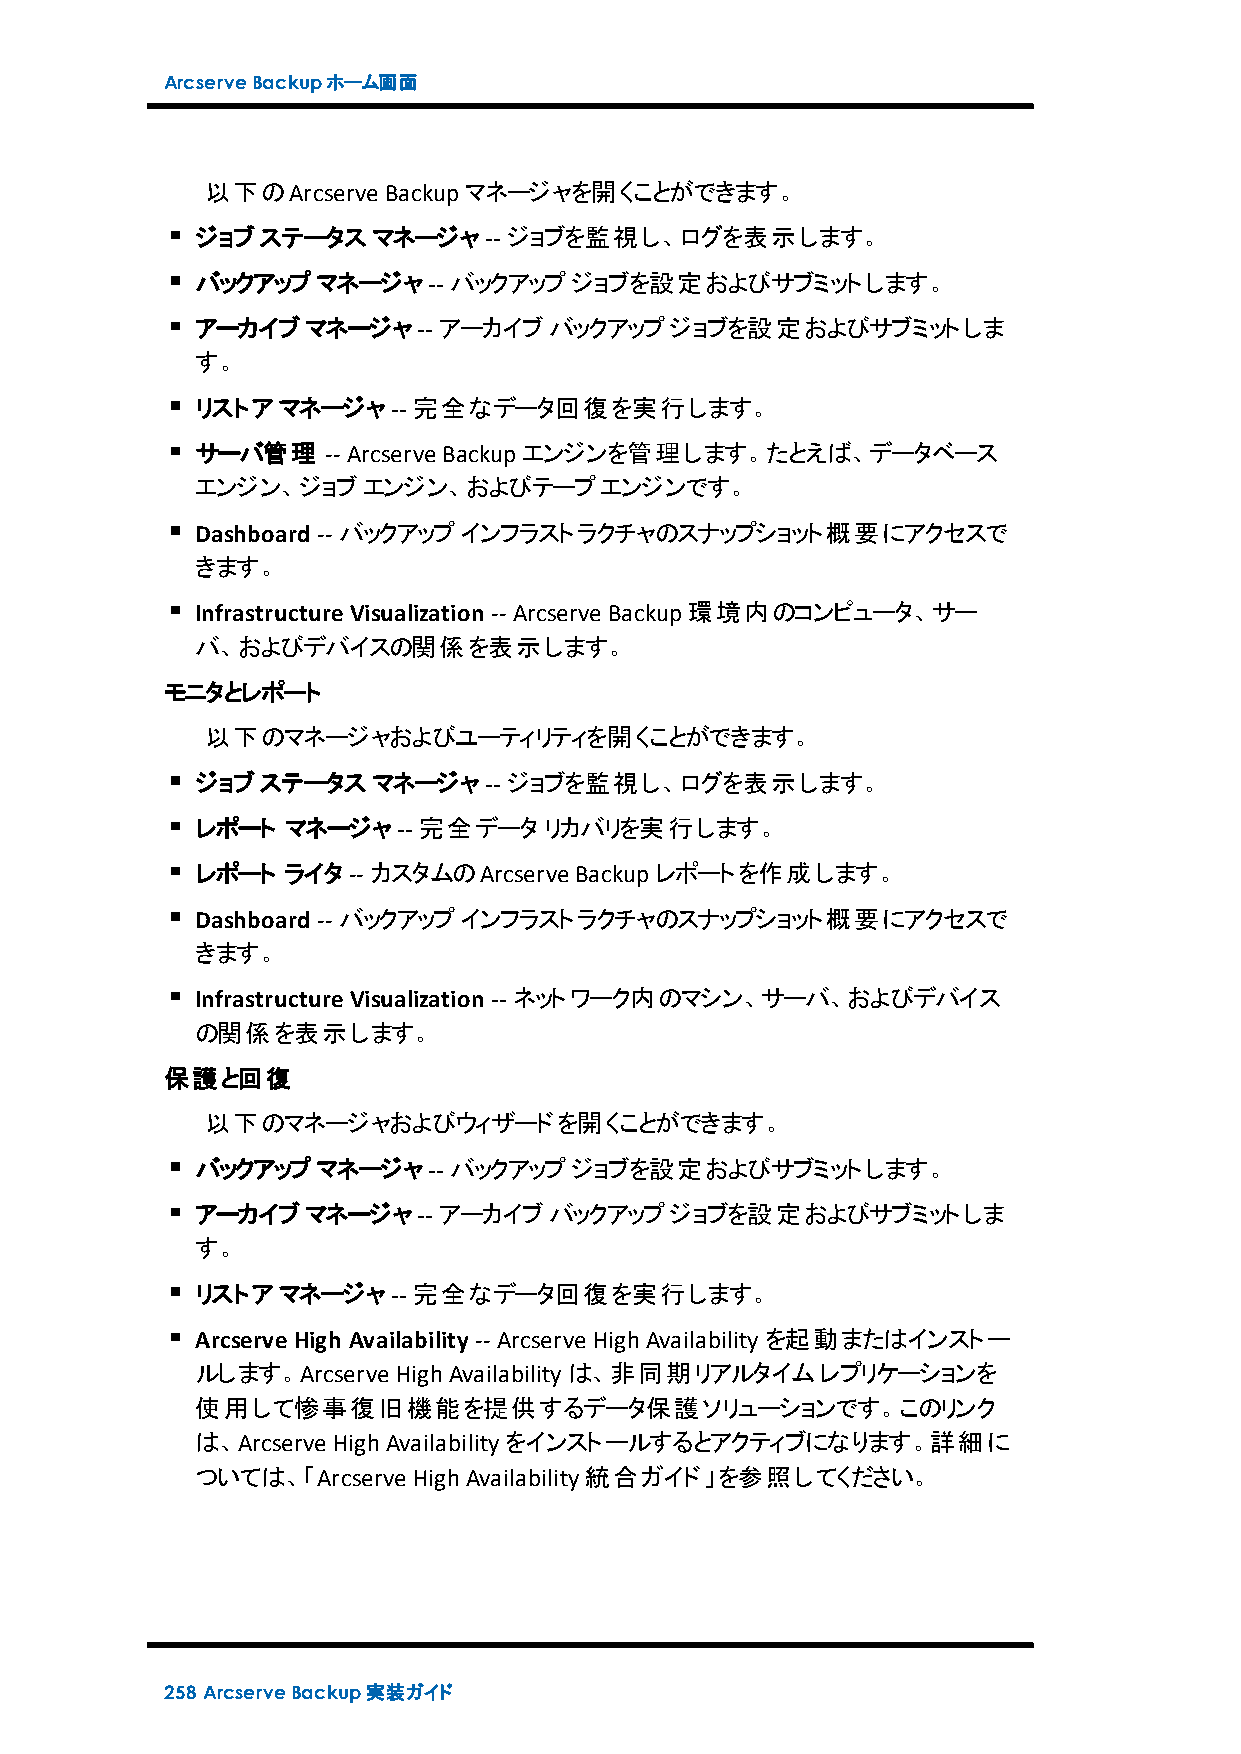
ArcserveBackupホーム画面
 以下のArcserve Backupマネージャを開くことができます。
 ジョブステータスマネージャ--      ジョブを監視し、ログを表示します。
 バックアップマネージャ--    バックアップジョブを設定およびサブミットします。
 アーカイブマネージャ--    アーカイブバックアップジョブを設定およびサブミットしま
 す。
 リストアマネージャ--   完全なデータ回復を実行します。
 サーバ管理    -- Arcserve Backupエンジンを管理します。たとえば、データベース
 エンジン、ジョブエンジン、およびテープエンジンです。
 Dashboard -- バックアップインフラストラクチャのスナップショット概要にアクセスで
 きます。
 InfrastructureVisualization -- Arcserve Backup環境内のコンピュータ、サー
 バ、およびデバイスの関係を表示します。
 モニタとレポート
 以下のマネージャおよびユーティリティを開くことができます。
 ジョブステータスマネージャ--      ジョブを監視し、ログを表示します。
 レポート  マネージャ--  完全データリカバリを実行します。
 レポート  ライタ-- カスタムのArcserve Backupレポートを作成します。
 Dashboard -- バックアップインフラストラクチャのスナップショット概要にアクセスで
 きます。
 InfrastructureVisualization -- ネットワーク内のマシン、サーバ、およびデバイス
 の関係を表示します。
 保護と回復
 以下のマネージャおよびウィザードを開くことができます。
 バックアップマネージャ--    バックアップジョブを設定およびサブミットします。
 アーカイブマネージャ--    アーカイブバックアップジョブを設定およびサブミットしま
 す。
 リストアマネージャ--   完全なデータ回復を実行します。
 ArcserveHigh Availability -- Arcserve HighAvailabilityを起動またはインストー
 ルします。Arcserve HighAvailabilityは、非同期リアルタイムレプリケーションを
 使用して惨事復旧機能を提供するデータ保護ソリューションです。このリンク
 は、Arcserve HighAvailabilityをインストールするとアクティブになります。詳細に
 ついては、「Arcserve HighAvailability統合ガイド」を参照してください。
 258 ArcserveBackup実装ガイド